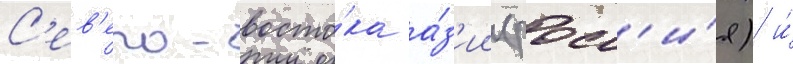
С'ев'еро-восто́ка а́з'ии (росс'и́я) и́